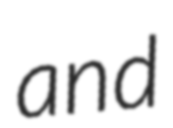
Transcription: and